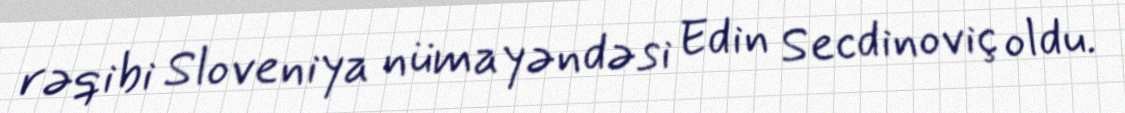
rəqibi Sloveniya nümayəndəsi Edin Secdinoviç oldu.